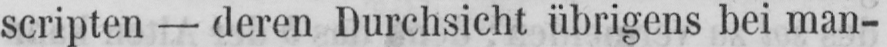
scripten - deren Durchsicht übrigens bei man-